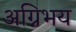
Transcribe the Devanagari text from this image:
अग्निभय